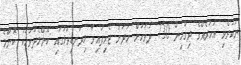
ނުކުރެވި އަހަރެއްގެ ދިގުމިން 730 ދުވަހަށް ހަދަން ޖެހިފައިވާ މިދަނޑިވަޅުގައި ކޮންމެދުވަހަކު ކޮންމެ